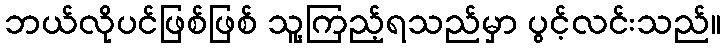
ဘယ်လိုပင်ဖြစ်ဖြစ် သူ့ကြည့်ရသည်မှာ ပွင့်လင်းသည်။